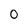
Character: 0